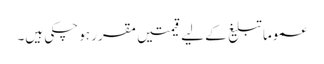
عموما تبلیغ کے لیے قیمتیں مقرر ہو چکی ہیں۔